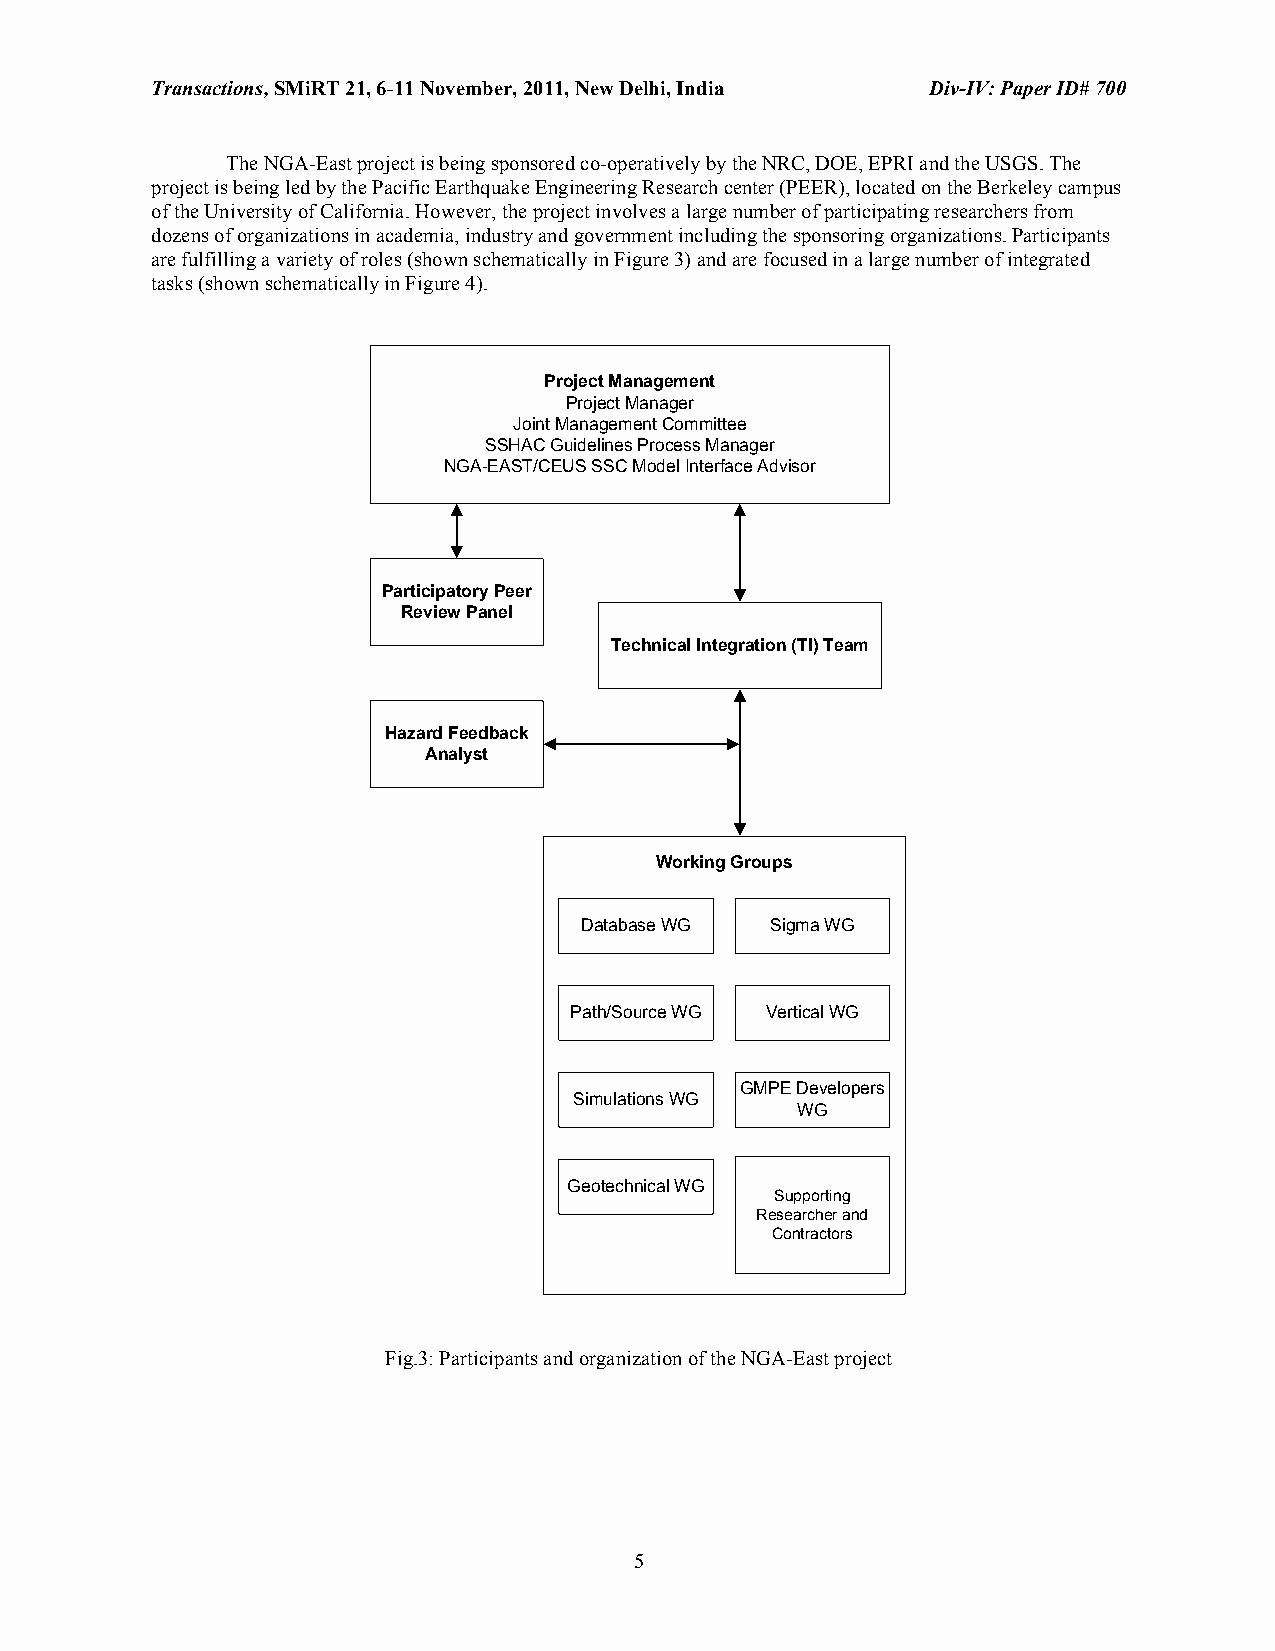
Transactions, SMiRT 21, 6-11 November, 2011, New Delhi, India Div-IV: Paper ID# 700
 The NGA-East project is being sponsored co-operatively by the NRC, DOE, EPRI and the USGS. The
 project is being led by the Pacific Earthquake Engineering Research center (PEER), located on the Berkeley campus
 of the University of California. However, the project involves a large number of participating researchers from
 dozens of organizations in academia, industry and government including the sponsoring organizations. Participants
 are fulfilling a variety of roles (shown schematically in Figure 3) and are focused in a large number of integrated
 tasks (shown schematically in Figure 4).
 Project Management
 Project Manager
 Joint Management Committee
 SSHAC Guidelines Process Manager
 NGA-EAST/CEUS SSC Model Interface Advisor
 Participatory Peer
 Review Panel
 Technical Integration (TI) Team
 Hazard Feedback
 Analyst
 Working Groups
 Database WG  Sigma WG
 Path/Source WG Vertical WG
 GMPE Developers
 Simulations WG
 WG
 Geotechnical WG
 Supporting
 Researcher and
 Contractors
 Fig.3: Participants and organization of the NGA-East project
 5